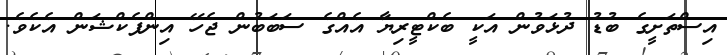
އިސްތަށީގެ ބުޑު ދުޅަވުން އަކީ ބެކްޓީރިޔާ އެއްގެ ސަބަބުން ޖެހޭ އިންފެކްޝަން އެކެވެ.